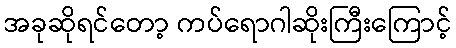
အခုဆိုရင်တော့ ကပ်ရောဂါဆိုးကြီးကြောင့်